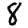
Digit: 8